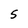
Character: 5